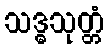
သဒ္ဓသုတ္တံ